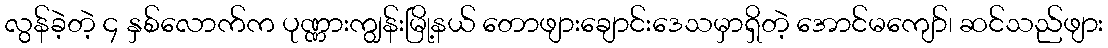
လွန်ခဲ့တဲ့ ၄ နှစ်လောက်က ပုဏ္ဏားကျွန်းမြို့နယ် တောဖျားချောင်းဒေသမှာရှိတဲ့ အောင်မကျော်၊ ဆင်သည်ဖျား